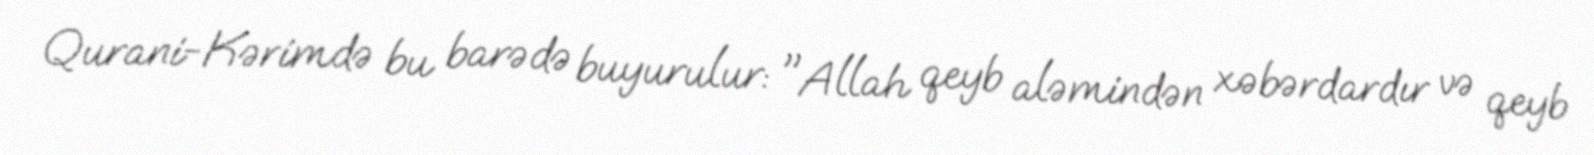
Qurani-Kərimdə bu barədə buyurulur: "Allah qeyb aləmindən xəbərdardır və qeyb